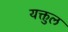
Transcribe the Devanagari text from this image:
यक्तुल